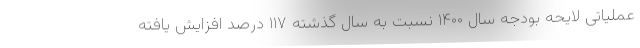
عملیاتی لایحه بودجه سال ۱۴۰۰ نسبت به سال گذشته ۱۱۷ درصد افزایش یافته